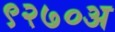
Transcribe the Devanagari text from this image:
९२७०अ